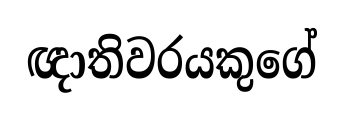
ඥාතිවරයකුගේ